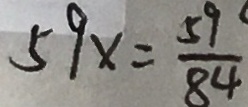
5 9 x = \frac { 5 9 } { 8 4 }